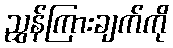
ညွှန်ကြားချက်ကို